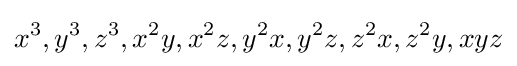
x^{3},y^{3},z^{3},x^{2}y,x^{2}z,y^{2}x,y^{2}z,z^{2}x,z^{2}y,xyz